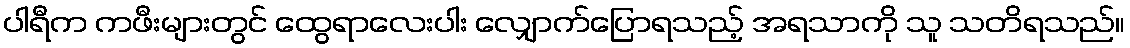
ပါရီက ကဖီးများတွင် ထွေရာလေးပါး လျှောက်ပြောရသည့် အရသာကို သူ သတိရသည်။